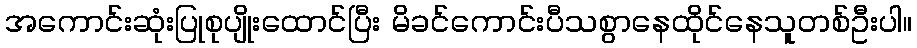
အကောင်းဆုံးပြုစုပျိုးထောင်ပြီး မိခင်ကောင်းပီသစွာနေထိုင်နေသူတစ်ဦးပါ။